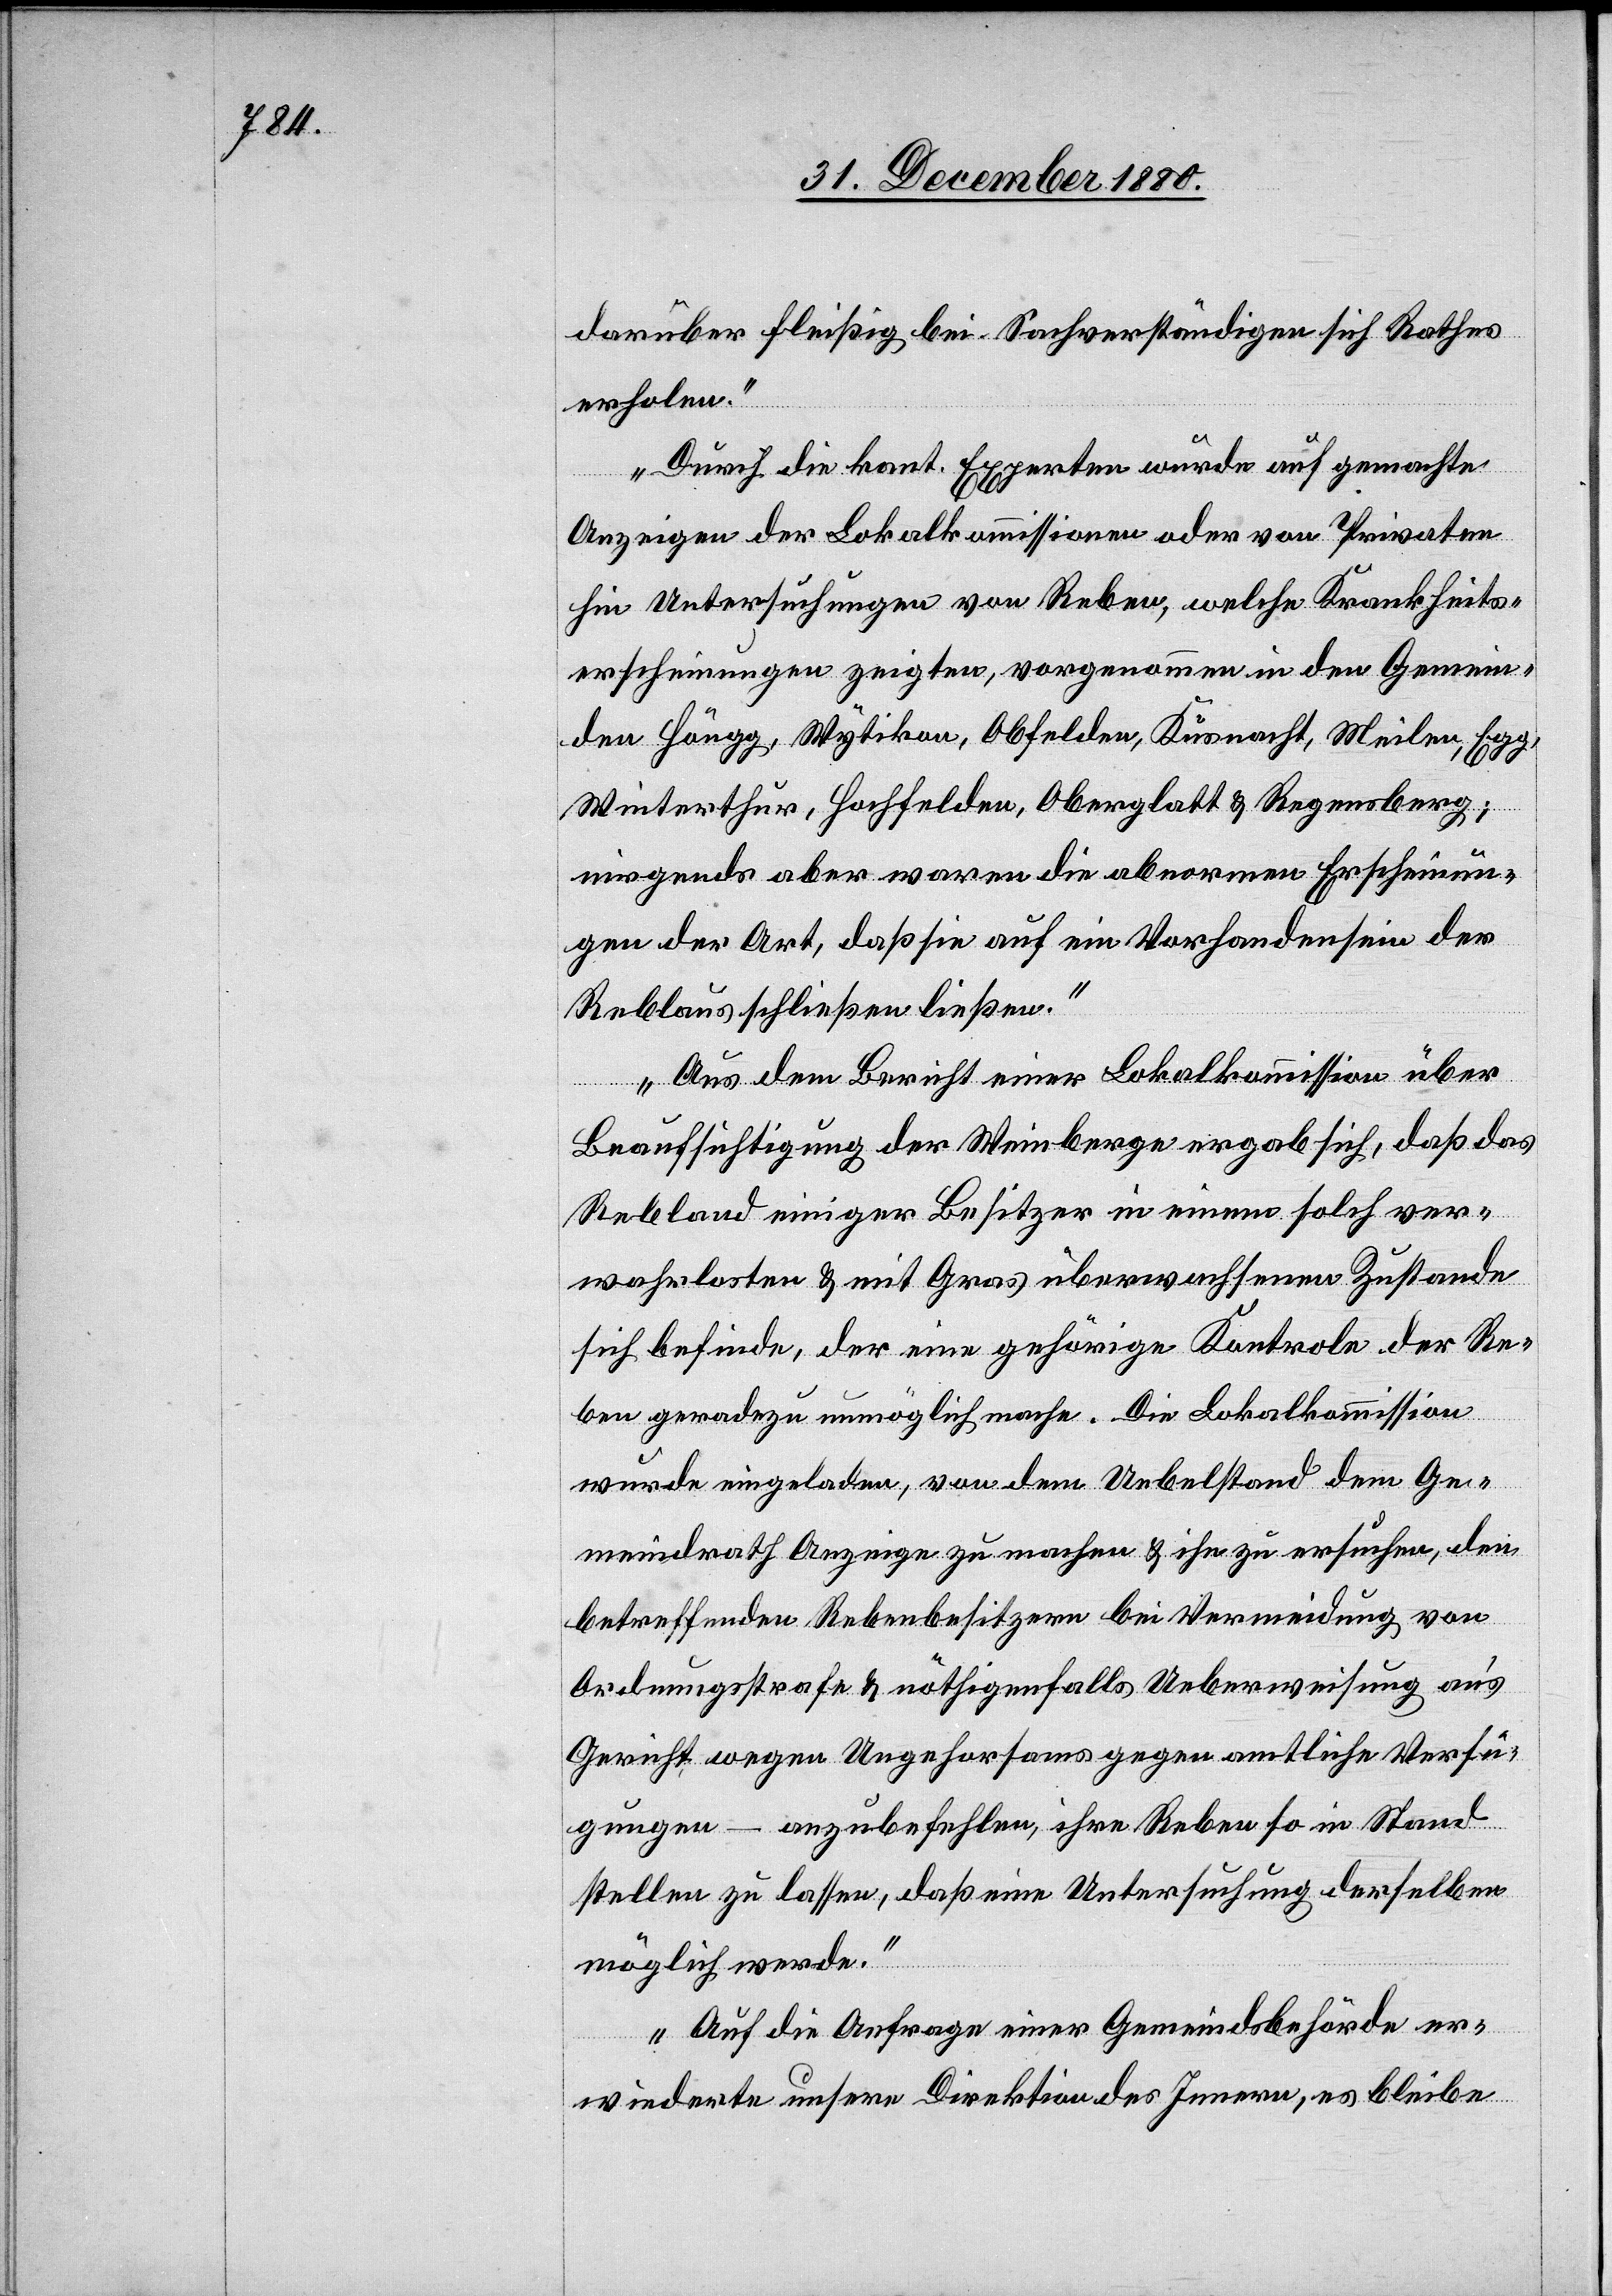
erholen.
Durch die kant. Experten wurde auf gemachte
Anzeige der Lokalkommissionen oder von Privaten
hin Untersuchungen von Reben, welche Krankheits¬
erscheinungen zeigten, vorgenommen in den Gemein¬
den Höngg, Wytikon, Obfelden, Küsnacht, Meilen, Egg,
Winterthur, Hochfelden, Oberglatt & Regensberg;
nirgends aber waren die abnormen Erscheinun¬
gen der Art, daß sie auf ein Vorhandensein der
Reblaus schließen ließen.
Aus dem Bericht einer Lokalkommission über
Beaufsichtigung der Weinberge ergab sich, daß das
Rebland einiger Besitzer in einem solch ver¬
wahrlosten & mit Gras überwachsenem Zustande
sich befinde, der eine gehörige Kontrole der Re¬
ben geradezu unmöglich mache. Die Lokalkommission
wurde eingeladen, von dem Uebelstand dem Ge¬
meindrath Anzeige zu machen & ihn zu ersuchen, den
betreffenden Rebenbesitzern bei Vermeidung von
Ordnungsstrafe & nöthigenfalls Ueberweisung an’s
Gericht wegen Ungehorsams gegen amtliche Verfü¬
gungen – anzubefehlen, ihre Reben so in Stand
stellen zu lassen, daß eine Untersuchung derselben
möglich werde.
Auf die Anfrage einer Gemeindsbehörde er¬
wiederte unsere Direktion des Innern, es bleibe